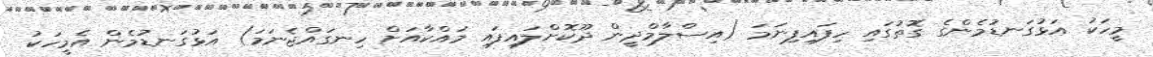
މީހަކު އަޅުގަނޑުމެންގެ ގޮތުގައި ހިފައިފިނަމަ (އިސްލާމްދީން ދޫކޮށްލައިފައި މައްކާއަށް ހިނގައްޖެނަމަ) އަޅުގަނޑުމެން އެމީހަކު